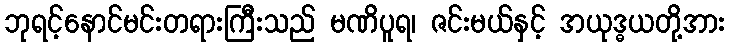
ဘုရင့်နောင်မင်းတရားကြီးသည် မဏိပူရ၊ ဇင်းမယ်နှင့် အယုဒ္ဓယတို့အား